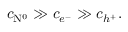
c _ { \mathrm { N } ^ { 0 } } \gg c _ { e ^ { - } } \gg c _ { h ^ { + } } .